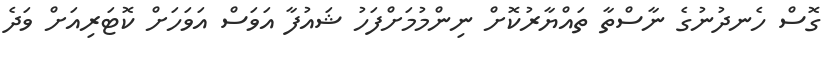
ގޮސް ހެނދުނުގެ ނާސްތާ ތައްޔާރުކޮށް ނިންމުމަށްފަހު ޝައުފާ އަވަސް އަވަހަށް ކޮޓަރިއަށް ވަދެ